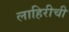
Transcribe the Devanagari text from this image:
लाहिरीची